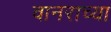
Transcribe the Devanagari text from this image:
वानराच्या